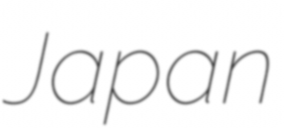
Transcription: Japan